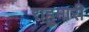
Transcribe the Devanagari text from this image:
राहुमारी